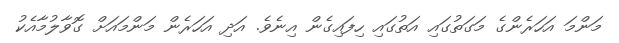
މަންމަ އަހަރެންގެ މަގަތުގައި އަތުގައި ހިފައިގެން އިނެވެ. އަދި އަހަރެން މަންމައަށް ގޮވާލުމާއެކު